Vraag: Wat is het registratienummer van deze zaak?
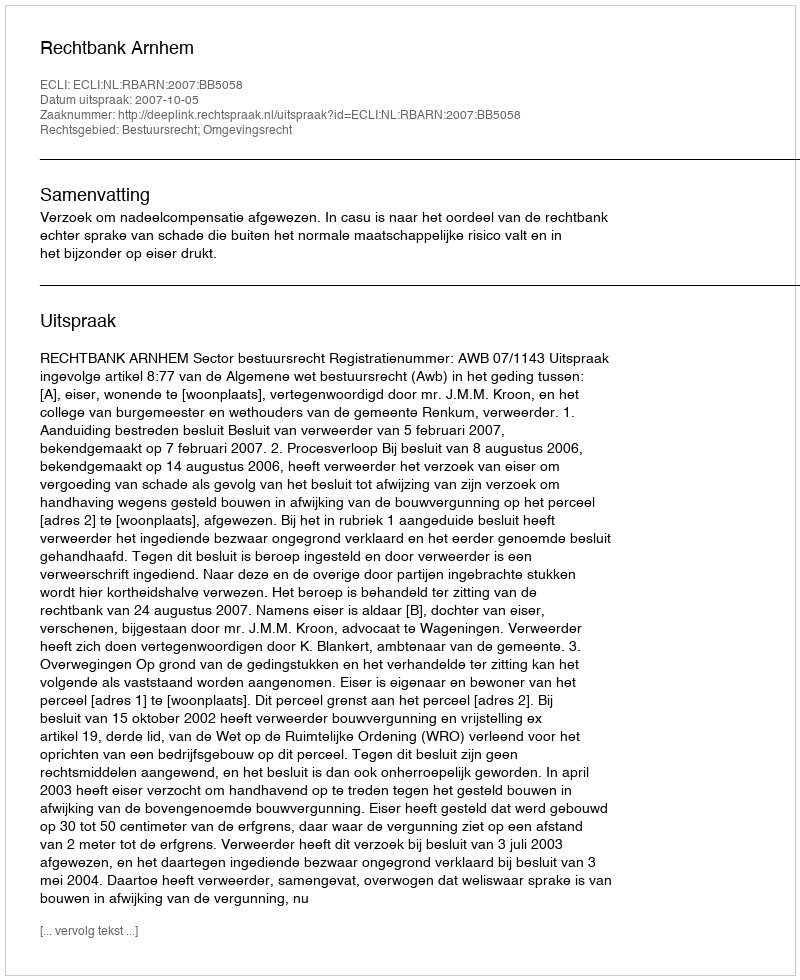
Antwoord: http://deeplink.rechtspraak.nl/uitspraak?id=ECLI:NL:RBARN:2007:BB5058